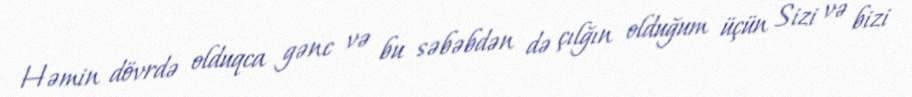
Həmin dövrdə olduqca gənc və bu səbəbdən də çılğın olduğum üçün Sizi və bizi